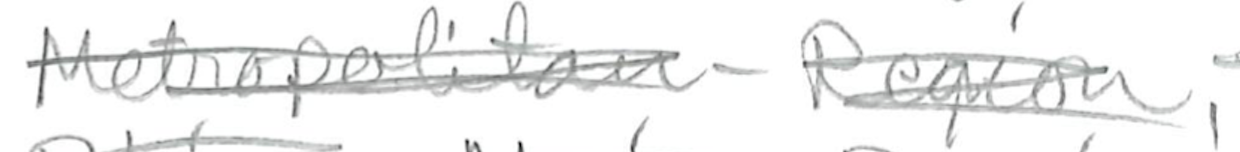
Text: Metropolitan-Region,
Cross-out: mix
Writing tool: pencil